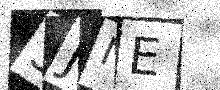
Text: 3JNE